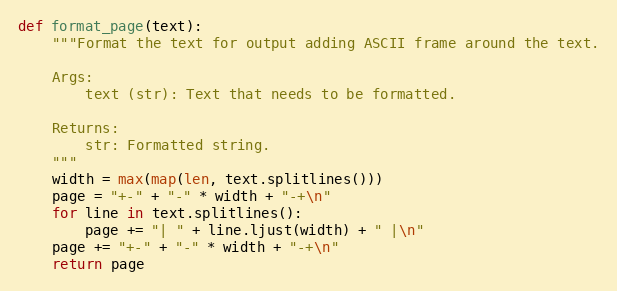
Language: Python
def format_page(text):
    """Format the text for output adding ASCII frame around the text.

    Args:
        text (str): Text that needs to be formatted.

    Returns:
        str: Formatted string.
    """
    width = max(map(len, text.splitlines()))
    page = "+-" + "-" * width + "-+\n"
    for line in text.splitlines():
        page += "| " + line.ljust(width) + " |\n"
    page += "+-" + "-" * width + "-+\n"
    return page